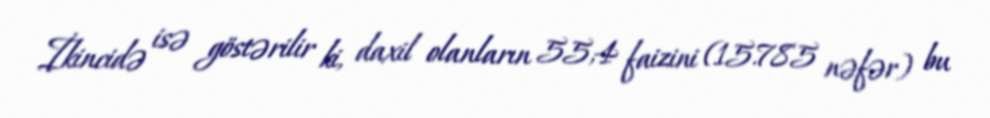
İkincidə isə göstərilir ki, daxil olanların 55,4 faizini (15.785 nəfər) bu